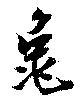
龜